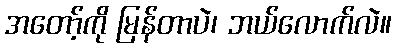
အတော့်ကို မြန်တာပဲ၊ ဘယ်လောက်လဲ။